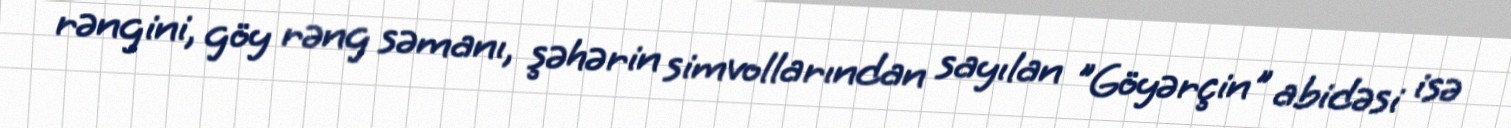
rəngini, göy rəng səmanı, şəhərin simvollarından sayılan "Göyərçin" abidəsi isə